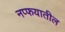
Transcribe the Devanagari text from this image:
नप्फयातील